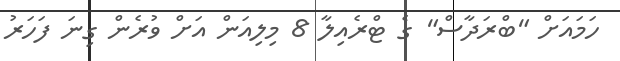
ހަމައަށް "ބްރަދާސް" ގެ ޓްރެއިލާ 8 މިލިއަން އަށް ވުރެން ގިނަ ފަހަރު